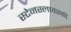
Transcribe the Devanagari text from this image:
स्टेनस्लावस्की